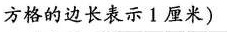
方格的边长表示1厘米)